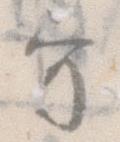
守